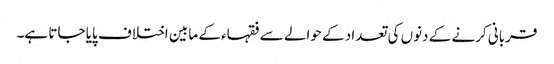
قربانی کرنے کے دنوں کی تعداد کے حوالے سے فقہاء کے مابین اختلاف پایا جاتا ہے۔